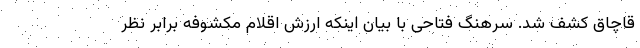
قاچاق کشف شد. سرهنگ فتاحی با بیان اینکه ارزش اقلام مکشوفه برابر نظر